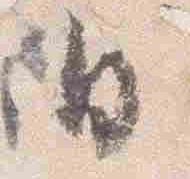
日